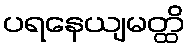
ပရနေယျမတ္ထိ